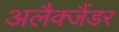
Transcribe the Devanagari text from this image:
अलैक्जैंडर